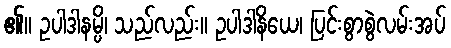
၏။ ဥပါဒါနမ္ပိ၊ သည်လည်း။ ဥပါဒါနိယေ၊ ပြင်းစွာစွဲလမ်းအပ်